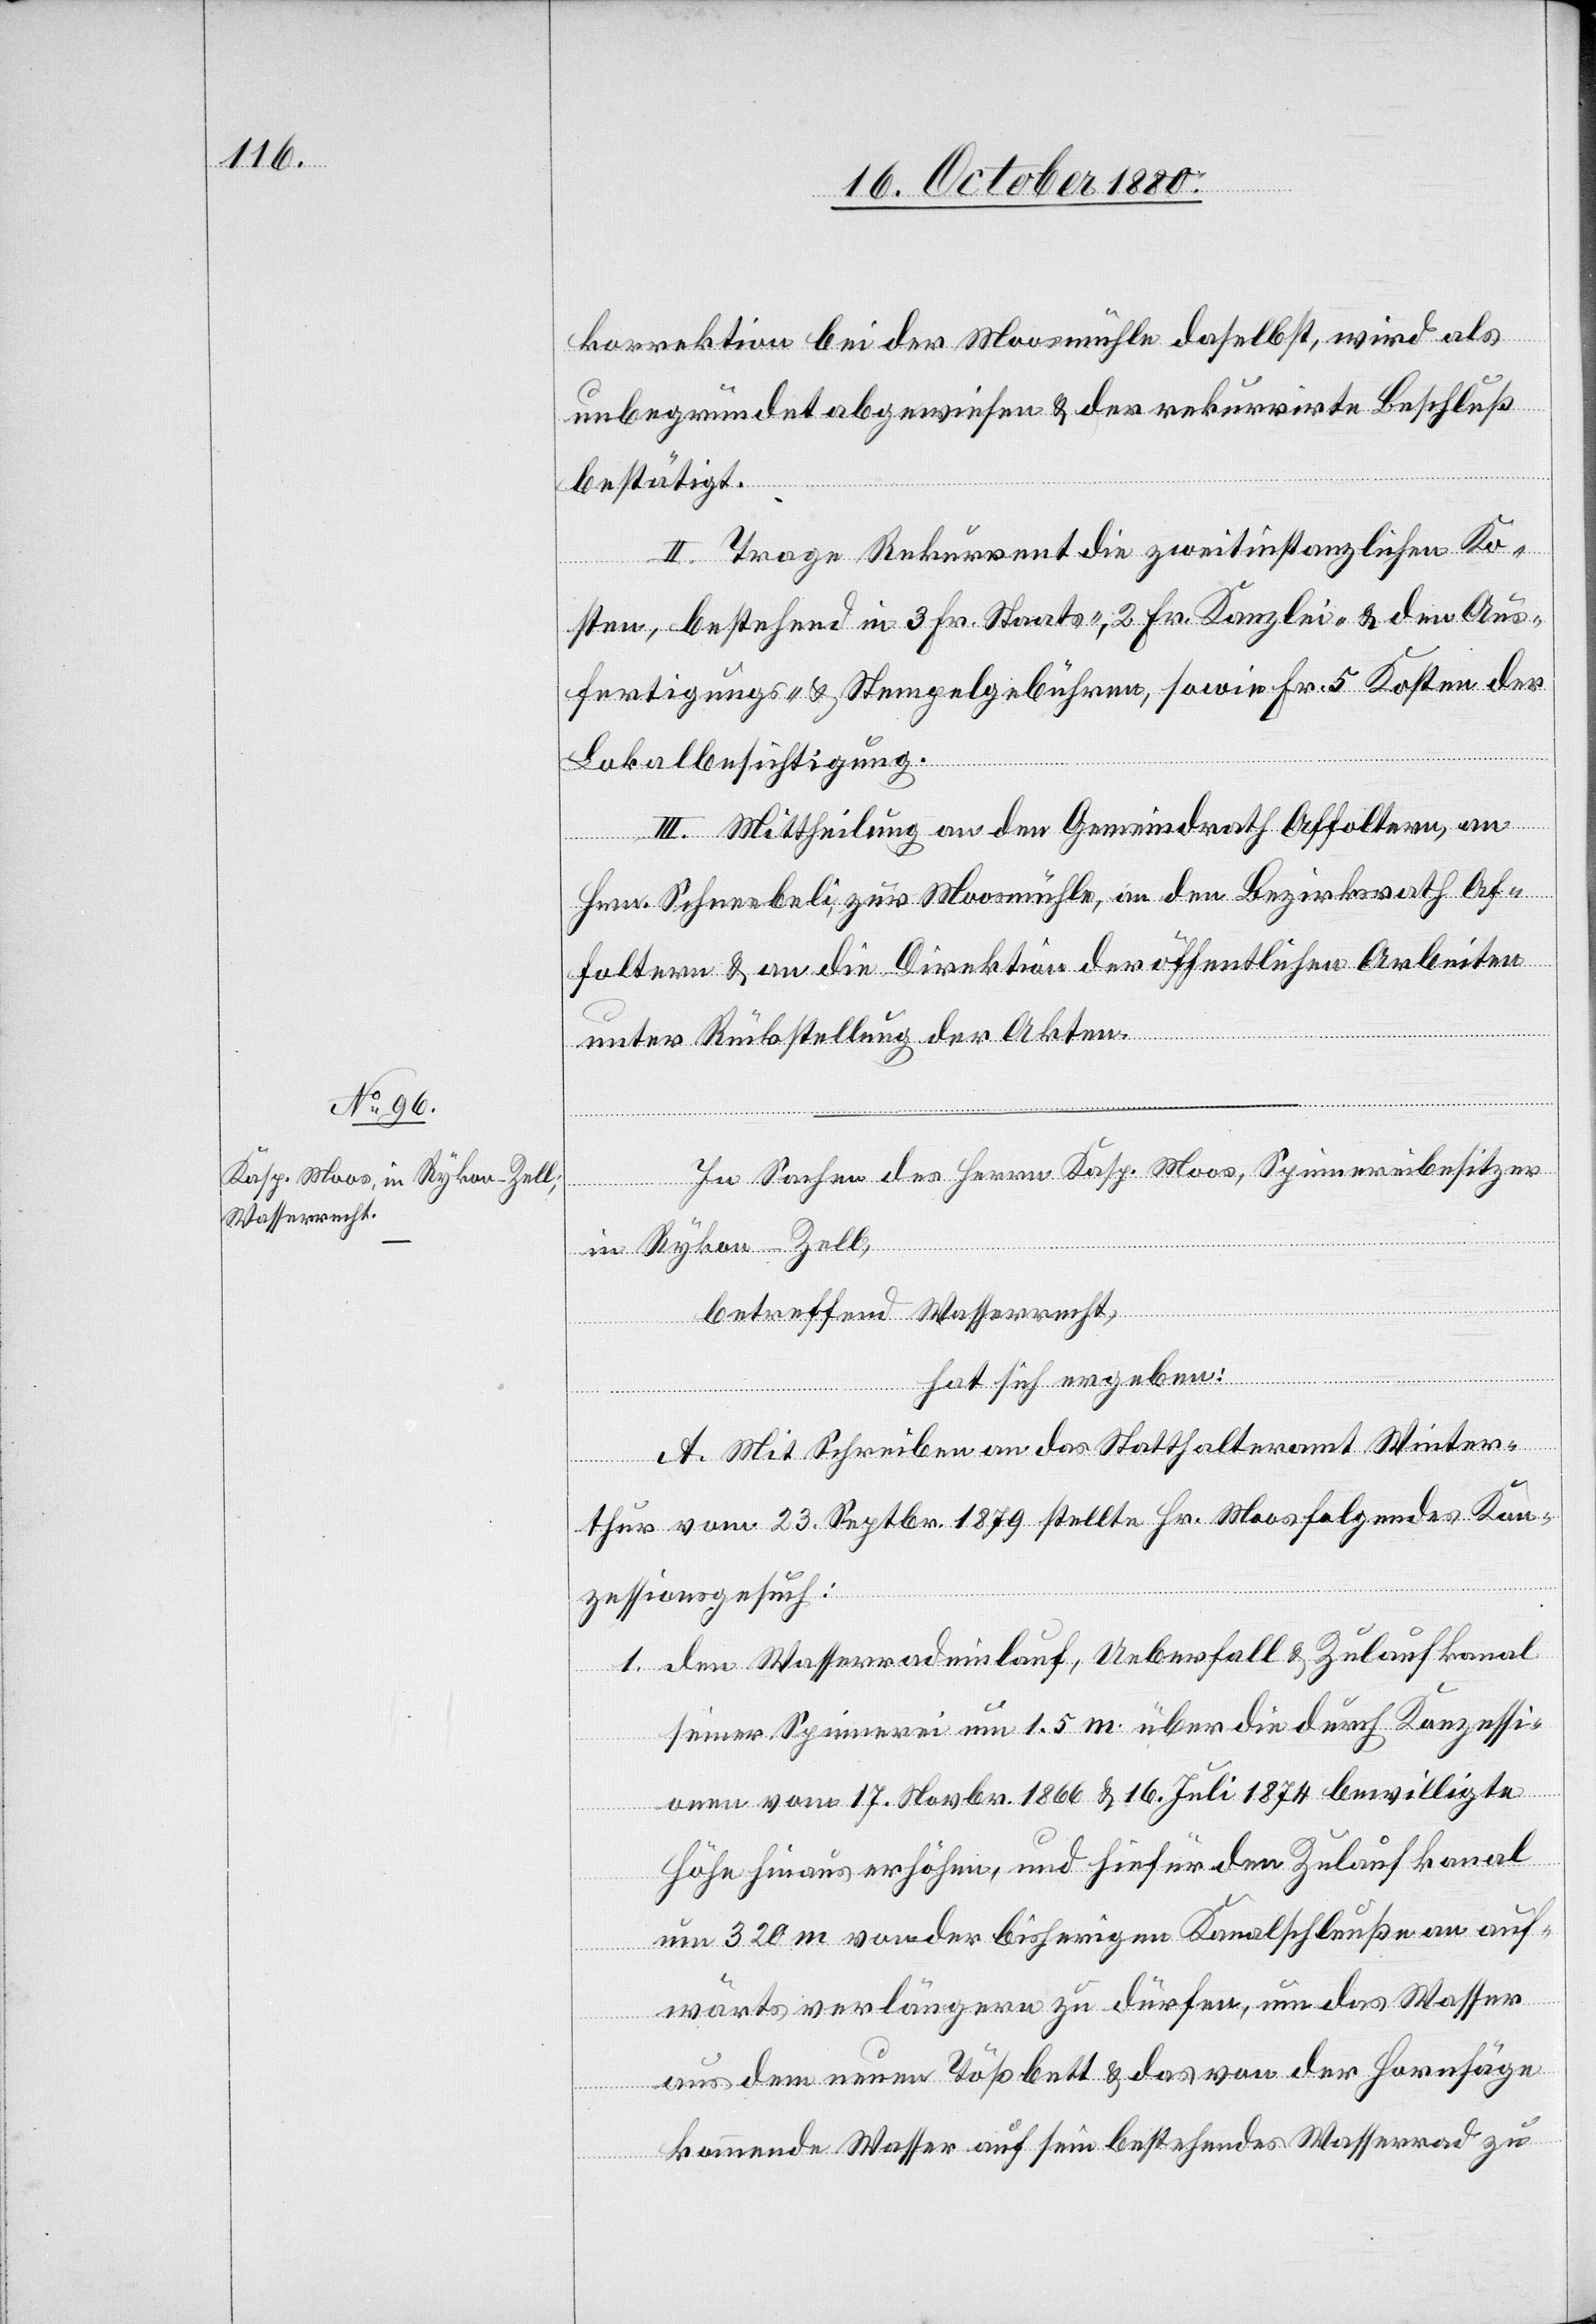
In Sachen des Herrn Kasp. Moos, Spinnereibesitzer
in Rykon - Zell,
betreffend Wasserrecht,
hat sich ergeben:
A. Mit Schreiben an das Statthalteramt Winter¬
thur vom 23. Septbr. 1879 stellte Hr. Moos folgendes Kon¬
zessionsgesuch:
1. den Wasserradeinlauf, Ueberfall & Zulaufkanal
seiner Spinnerei um 1.5 m über die durch Konzessi¬
onen vom 17. Novbr. 1866 & 16. Juli 1874 bewilligte
Höhe hinaus erhöhen, und hiefür den Zulaufkanal
über 320 m von der bisherigen Kanalschleuße an auf¬
wärts verlängern zu dürfen, um das Wasser
aus dem neuen Tößbett & das von der Hornsäge
kommende Wasser auf sein bestehendes Wasserrad zu